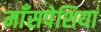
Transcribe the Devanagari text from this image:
माँसपेशियां